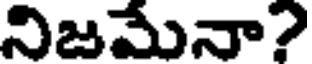
నిజమేనా?